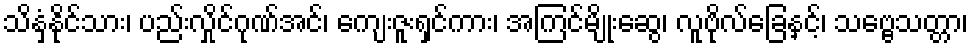
သိနှံ့နိုင်သား၊ ပည်းလှိုင်ဂုဏ်အင်၊ ကျေးဇူးရှင်ကား၊ အကြင်မျိုးဆွေ၊ လူဗိုလ်ခြေနှင့်၊ သဗ္ဗေသတ္တာ၊